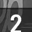
Digit: 2